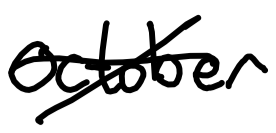
Text: October
Cross-out: cross
Writing tool: digital_black